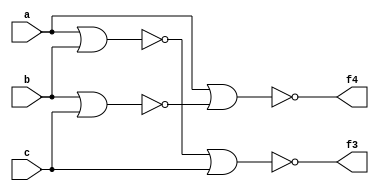
module NOR(input a, b, c, output f3,f4);
wire m3, m4; 
nor U1 (m3,a,b);
nor U2 (f3,m3,c); 
nor U3 (m4,b,c);
nor U4 (f4,a,m4); 
endmodule